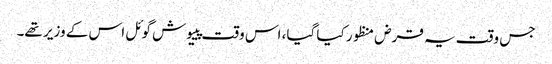
جس وقت یہ قرض منظور کیا گیا، اس وقت پییوش گوئل اس کے وزیر تھے۔